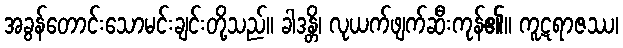
အခွန်တောင်းသောမင်းချင်းတို့သည်။ ခါဒန္တိ၊ လုယက်ဖျက်ဆီးကုန်၏။ ကူဋရာဇဿ၊